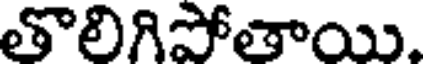
తొలిగిపోతాయి.